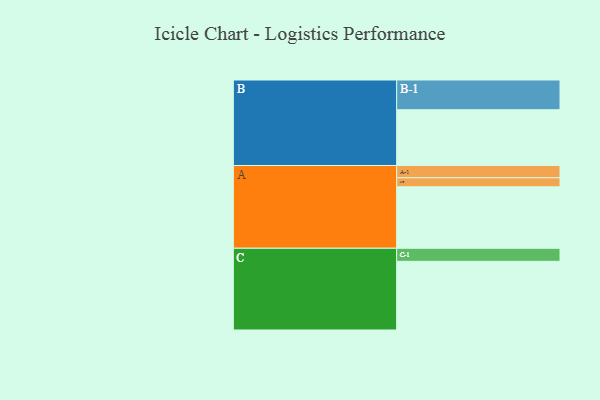
{"axis": {"x": "Segment", "y": "Value"}, "legend": ["", "A", "B", "C"], "data": [{"x": "A", "y": 409, "type": ""}, {"x": "B", "y": 371, "type": ""}, {"x": "C", "y": 457, "type": ""}, {"x": "A-1", "y": 82, "type": "A"}, {"x": "A-2", "y": 60, "type": "A"}, {"x": "B-1", "y": 198, "type": "B"}, {"x": "C-1", "y": 87, "type": "C"}]}